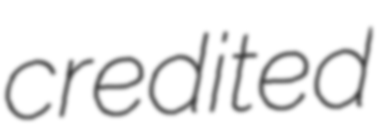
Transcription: credited